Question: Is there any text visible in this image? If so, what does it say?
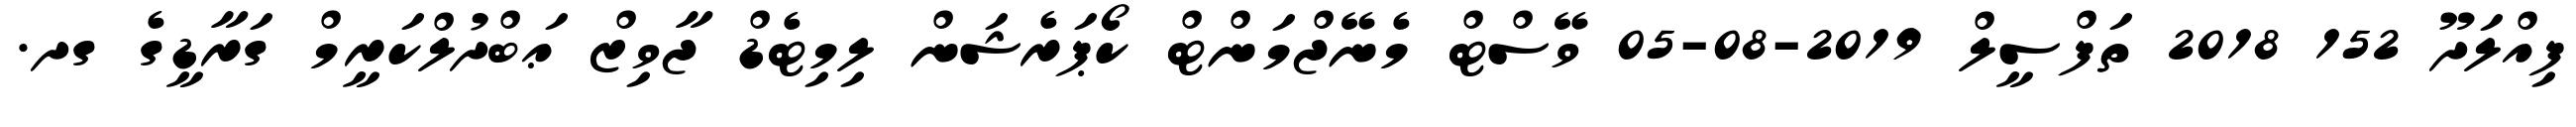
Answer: ފިއްލަދޫ 152 2018 ތަފްސީލް 2019-08-05 ވޭސްޓް މެނޭޖްމަންޓް ކޯޕަރެޝަން ލިމިޓެޑް ޖާވިޒް ޢަބްދުލްކަރީމް ގަރާޑީގެ ގދ.